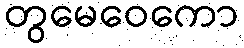
တွမေဝေကော